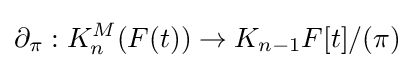
\partial _{\pi }:K_{n}^{M}(F(t))\to K_{n-1}F[t]/(\pi )